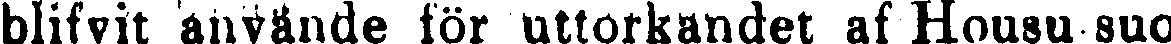
blifvit använde för uttorkandet af Housu suo